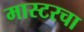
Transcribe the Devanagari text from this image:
मास्टरचा